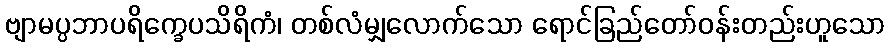
ဗျာမပ္ပဘာပရိက္ခေပသိရိကံ၊ တစ်လံမျှလောက်သော ရောင်ခြည်တော်ဝန်းတည်းဟူသော